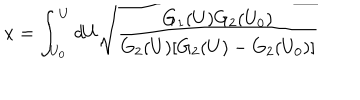
x = \int _ { U _ { 0 } } ^ { U } d U \sqrt { \frac { G _ { 1 } ( U ) G _ { 2 } ( U _ { 0 } ) } { G _ { 2 } ( U ) [ G _ { 2 } ( U ) - G _ { 2 } ( U _ { 0 } ) ] } }